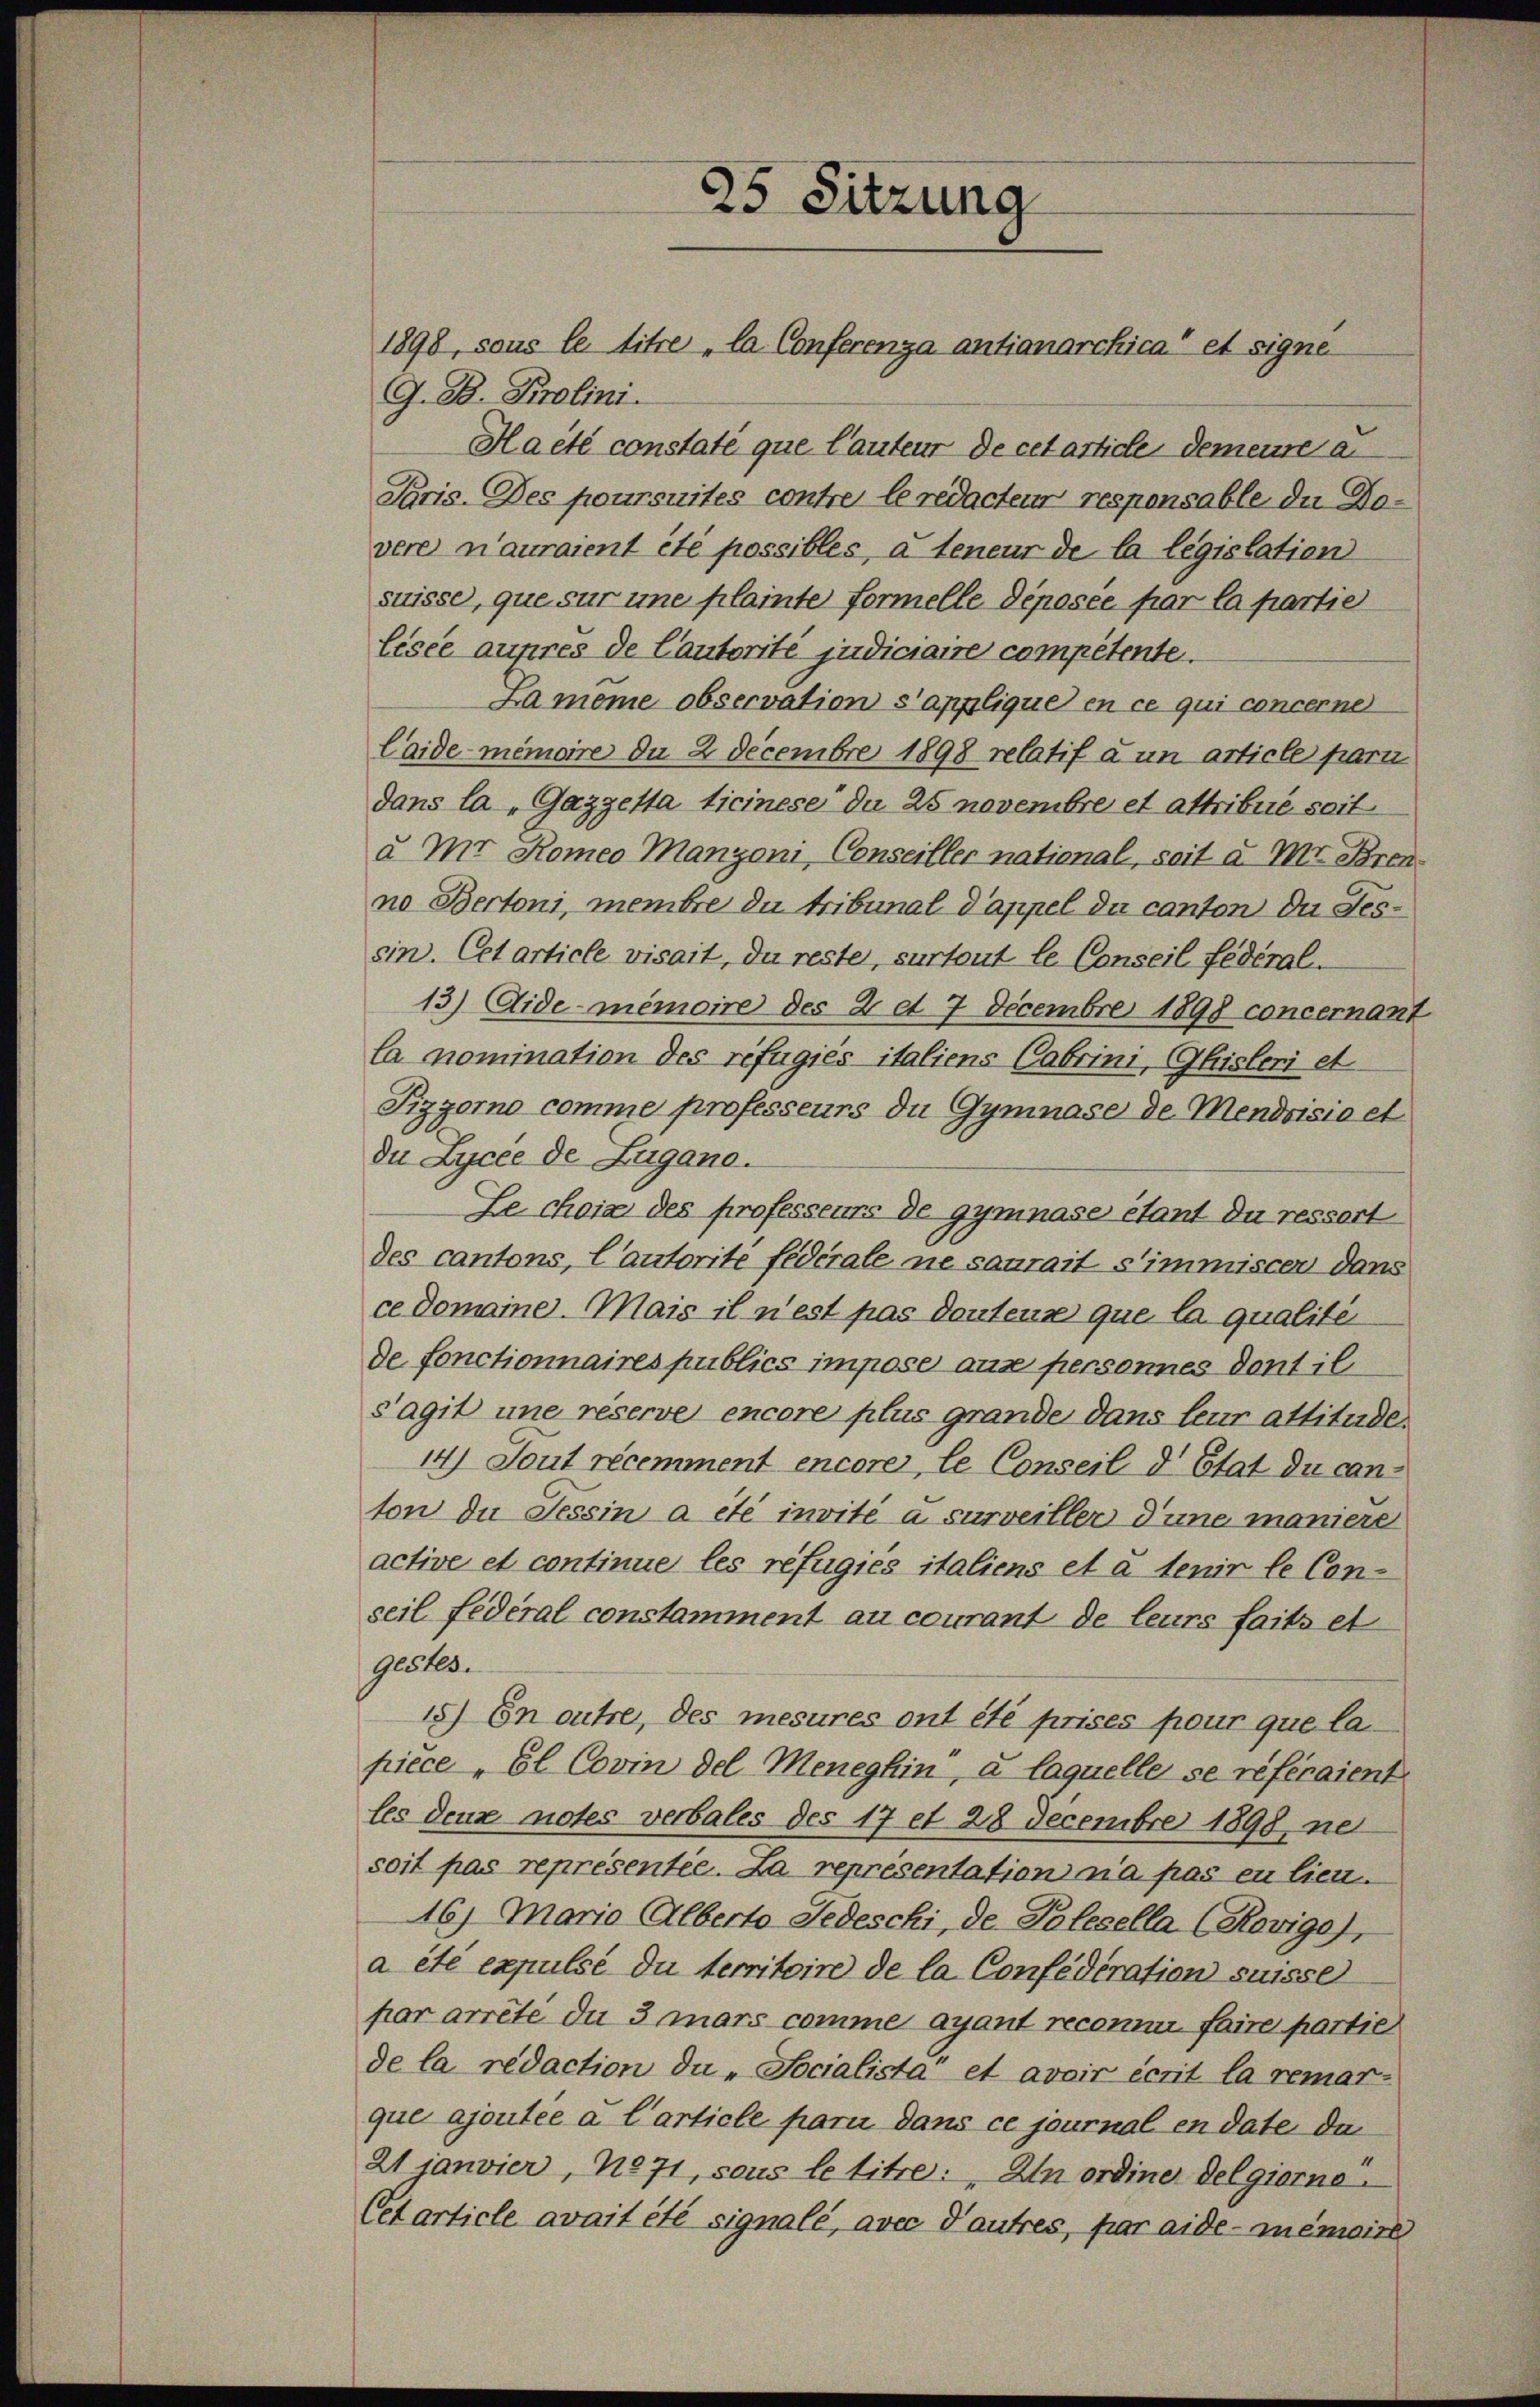
25 Sitzung

1898, sous le titre la Conferenza antianarchica et signe
G. B. Prolini
Haeté constaté que lauteur de cet article demeure a
Paris. Des poursuites contre le redacteur responsable du Dovere n’auraient été possibles, à teneur de la legislation
suisse, que sur une plainte formelle déposée par la partie
Lisce aupres de Cautorité judiciaire competente.
La même observation s’applique en ce qui concerne
Caide-Memoire du 2 Decembre 1898 relatif à un article pari
dans la „Gazzetta ticinese du 25 novembre et attribué soit
u Mr Romeo Manzoni, Conseiller national, seit a M. Bren
ne Bertoni, membre du tribunal Pappel du canton die Gessin. Cet article visait, du reste, sur tout le Conseil fédéral-
13) Aidememoire des 2 et 7 Decembre 1898 concernant
la nomination des refugies italiens Cabrini, histeri et
Pizzorno comme professeurs du Gymnase de Mendrisio et
Du Lycée de Zugano.
Le choix des professeurs de gymnase etant du ressert
des cantons, l’autorité fédérale ne saurait stimmiscen dans
ce Domaine. Mais il n’est pas dontens que la qualité
de fonctionnaires publics impose aus personnes dont il
Sagit une reserve encore plus grande dans leur attitude
14) Sout récemment encore, le Conseil d’Etat du canton die Tessin a été invité a surveiller d’une maniere
active et continue les refugiées italiens et a tenir le Con-
seil fédéral constamment au courant de leurs faits et
gestes.
18) En outre, des mesures ont été prises pour que la
piece „El Covin del Meneghin, à laquelle se referaient
les deux notes verbales des 17 et 28 Decembre 1898 ne
soit pas représentie. La représentation n’a pas en lieu.
16) Maria Alberto Jedeschi, de Polesella (Rovige),
a été expulse du territoire de la Confédération suisse
par arrêté du 3 mars comme ayant reconnu faire partie
de la redaction du „ Socialista et avoir écrit la remar-
que ajoutée à l’article parii dans ce journal en date da
21 janvier, No 71, sous le titre: In ordine Delgiorno
Cetarticle avait été signale, avec d’autres, par aide-Memoire